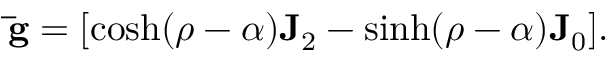
\mathbf { \bar { g } } = [ \cosh ( \rho - \alpha ) \mathbf { J } _ { 2 } - \sinh ( \rho - \alpha ) \mathbf { J } _ { 0 } ] .